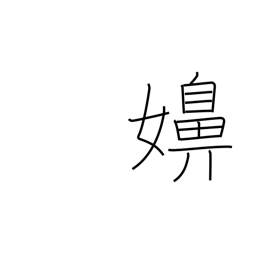
Meaning: wife (vulg)